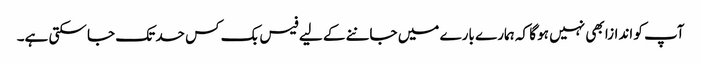
آپ کو اندازا بھی نہیں ہو گا کہ ہمارے بارے میں جاننے کے لیے فیس بک کس حد تک جا سکتی ہے۔